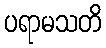
ပရာမသတိ